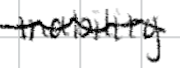
Text: inability
Cross-out: wave
Writing tool: digital_black